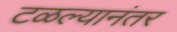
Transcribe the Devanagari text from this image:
टळल्यानंतर